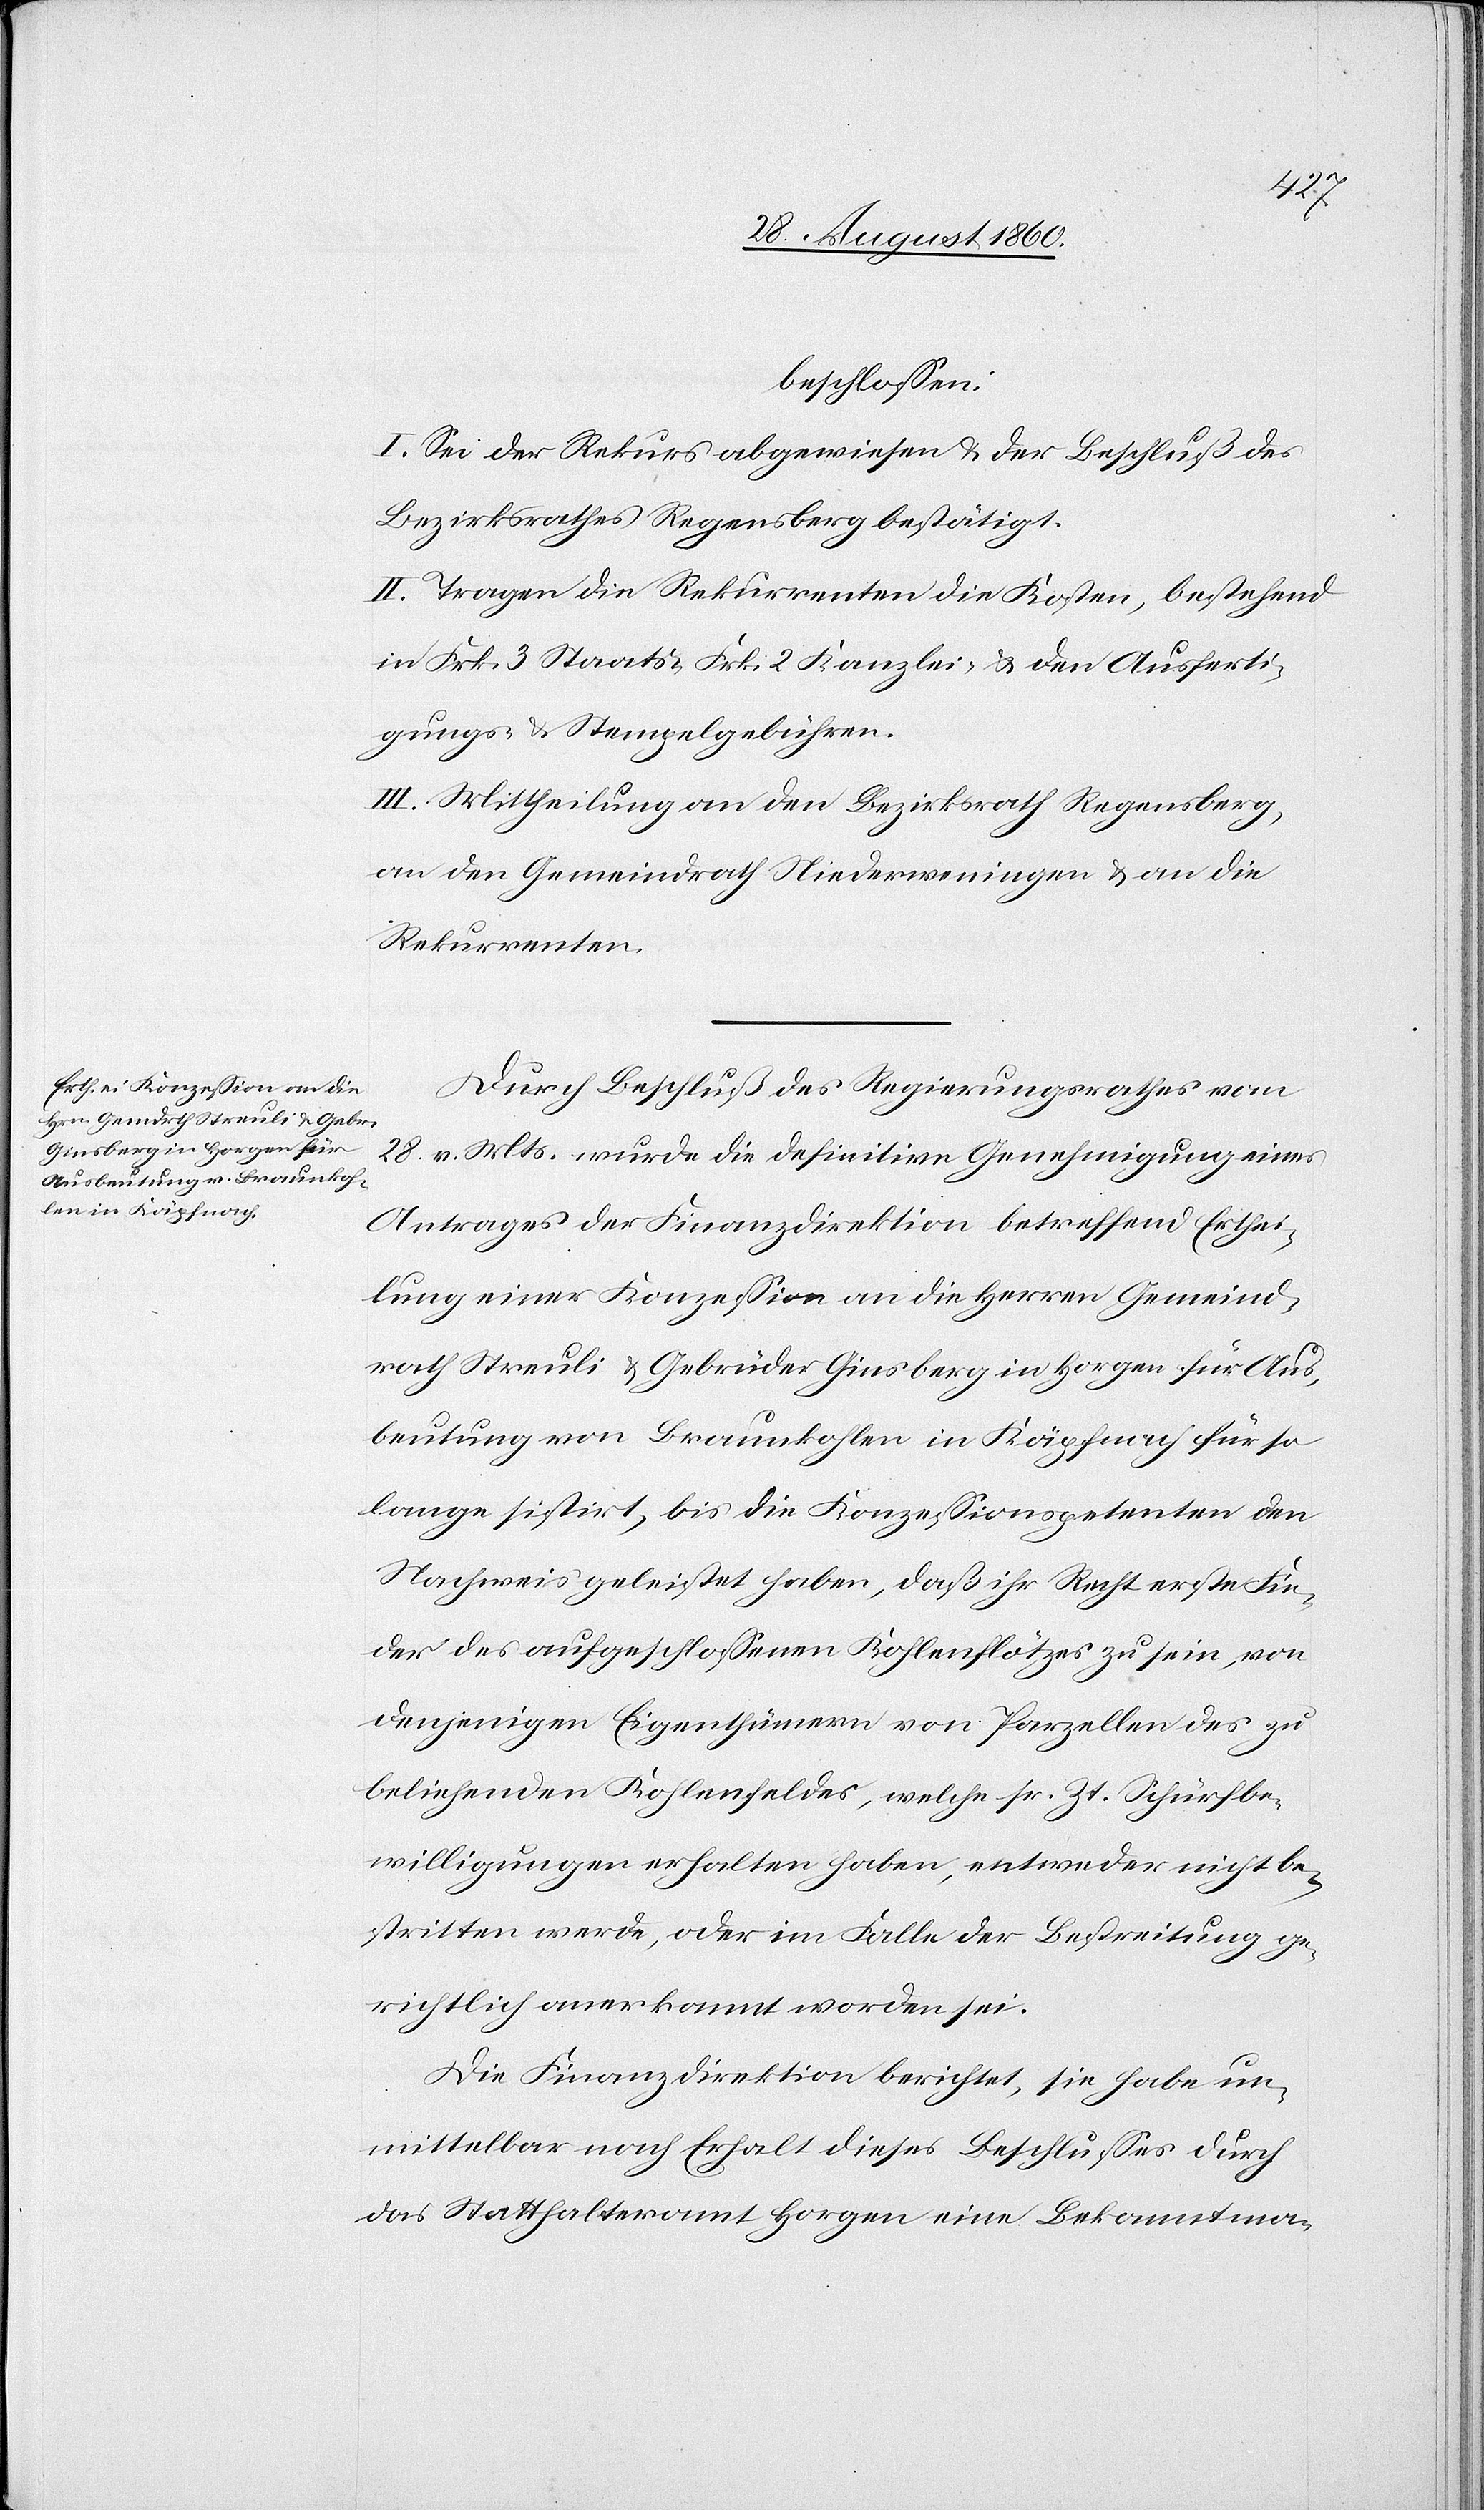
beschlossen:
I. Sei der Rekurs abgewiesen u. der Beschluss des
Bezirksrathes Regensberg bestätigt.
II. Tragen die Rekurrenten die Kosten, bestehend
in 3 Frk. Staats- 2. fcs. Kanzlei- nebst den Ausferti¬
gungs- u. Stempelgebühren.
III. Mittheilung an den Bezirksrath Regensberg,
an den Gemeindrath Niederweningen u. an die
Rekurrenten.
Durch Beschluss des Regierungsrathes vom
28. v. Mts. wurde die definitive Genehmigung eines
Antrages der Finanzdirektion betreffend Erthei¬
lung einer Konzession an die Herren Gemeind¬
rath Streuli u. Gebrüder Gindsberg in Horgen für Aus¬
beutung von Braunkohle in Käpfnach für so
lange sistirt, bis die Conzessionspetenten den
Nachweis geleistet haben, dass ihr Recht erste Fin¬
der des ausgeschlossenen Kohlenflötzes zu sein, von
denjenigen Eigenthümern von Parzellen des zu
beliehenden Kohlefeldes, welche sr. Zt. Schürfbe¬
willigungen erhalten haben, entweder nicht be¬
stritten werde oder im Falle der Bestreitung ge¬
richtlich anerkannt worden sei;
Die Finanzdirektion berichtet, sie habe un¬
mittelbar nach Erhalt dieses Beschlusses durch
das Statthalteramt Horgen eine Bekanntma-